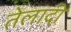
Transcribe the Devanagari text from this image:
तेलादी